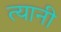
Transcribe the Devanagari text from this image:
त्‍यानी